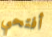
أفتحي